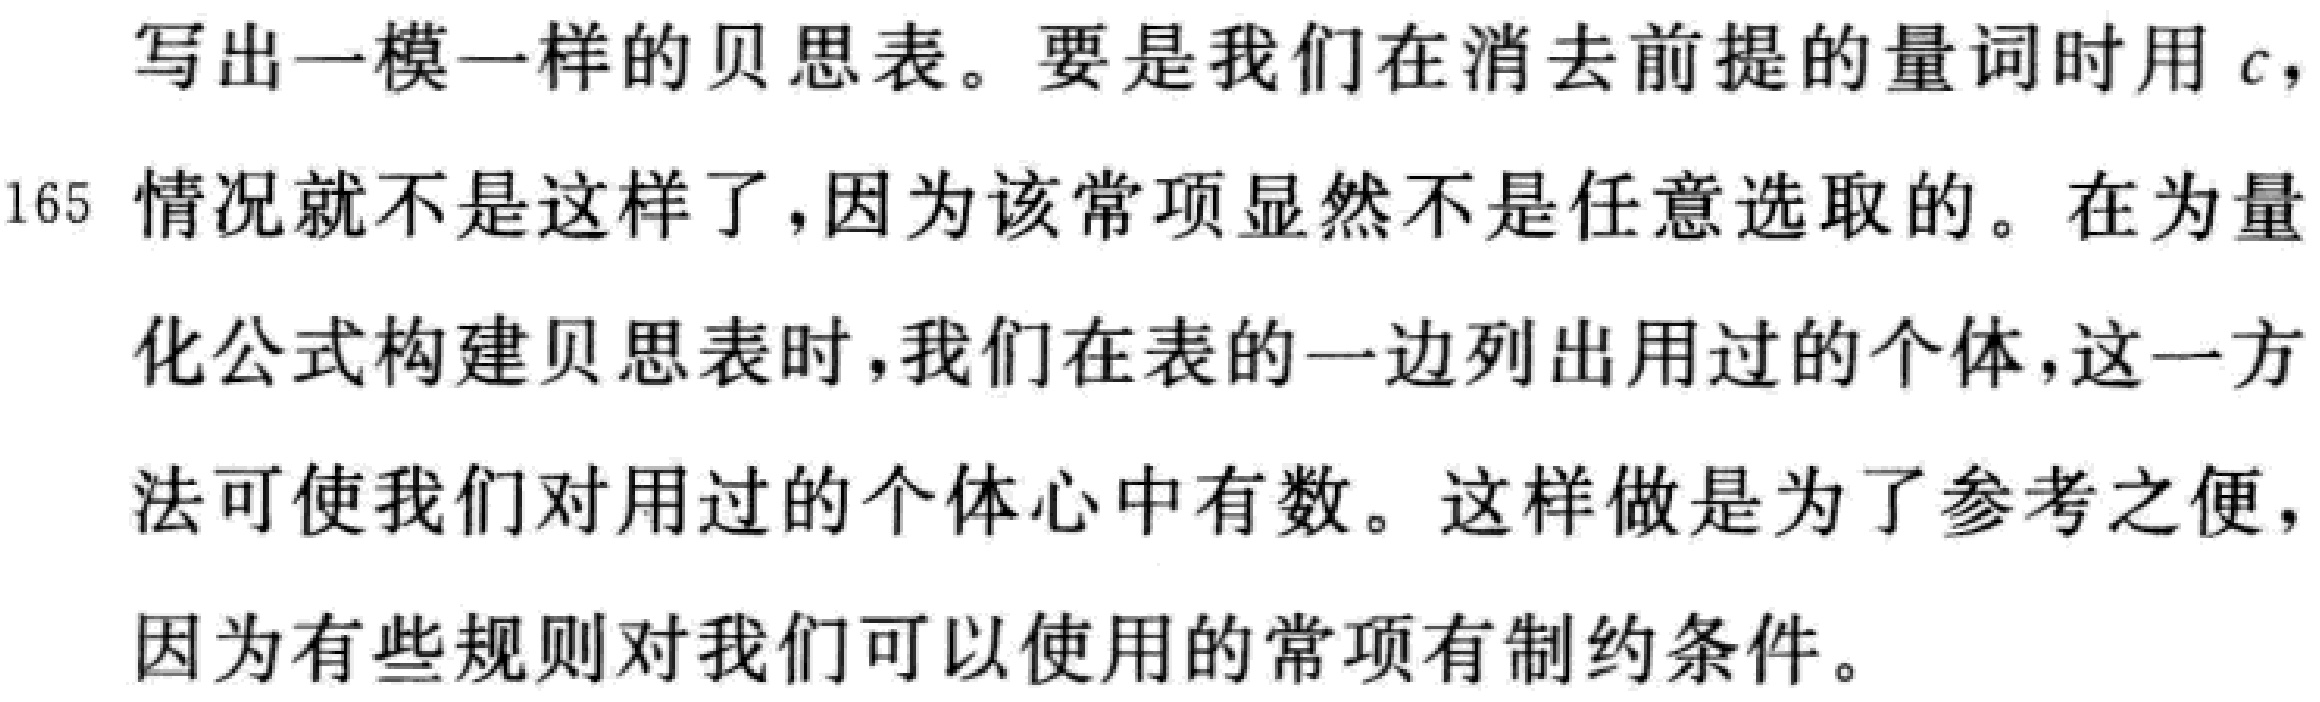
写出一模一样的贝思表。要是我们在消去前提的量词时用 \(c\)，
165 情况就不是这样了，因为该常项显然不是任意选取的。在为量
化公式构建贝思表时，我们在表的一边列出用过的个体，这一方
法可使我们对用过的个体心中有数。这样做是为了参考之便，
因为有些规则对我们可以使用的常项有制约条件。